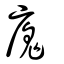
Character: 廆